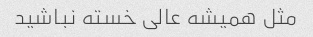
مثل همیشه عالی خسته نباشید